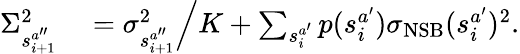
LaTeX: \begin{array}{rl}{\Sigma_{s_{i+1}^{a^{\prime\prime}}}^{2}}&{{}=\sigma_{s_{i+1}^{a^{\prime\prime}}}^{2}\Big/K+\sum_{s_{i}^{a^{\prime}}}p(s_{i}^{a^{\prime}})\sigma_{\mathrm{NSB}}(s_{i}^{a^{\prime}})^{2}.}\end{array}